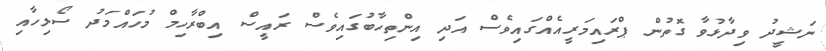
ނަޝީދު ވިދާޅުވާ ގޮތުން ޕްރައިމަރީއެއްގައިވެސް އަދި އިންތިހާބުގައިވެސް ރައީސް އިބްރާހިމް މުހައްމަދު ސޯލިހާއި